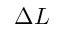
\Delta L